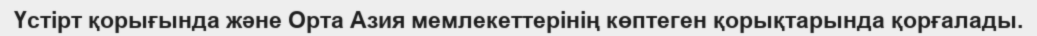
Үстірт қорығында және Орта Азия мемлекеттерінің көптеген қорықтарында қорғалады.